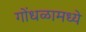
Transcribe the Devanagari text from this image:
गोंधळामध्ये